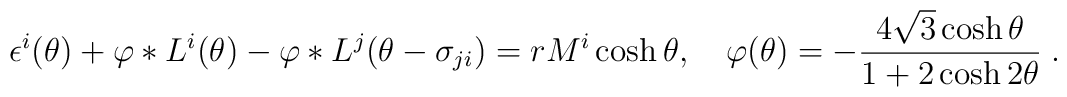
\epsilon ^{i}(\theta )+\varphi *L^{i}(\theta )-\varphi *L^{j}(\theta -\sigma_{ji})=rM^{i}\cosh \theta ,\quad \varphi (\theta )=-\frac{4\sqrt{3}\cosh\theta }{1+2\cosh 2\theta }\;.